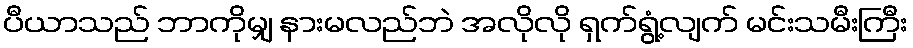
ပီယာသည် ဘာကိုမျှ နားမလည်ဘဲ အလိုလို ရှက်ရွံ့လျက် မင်းသမီးကြီး